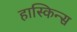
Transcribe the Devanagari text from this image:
हास्किन्स